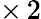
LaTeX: \times\, 2